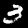
Digit: 3